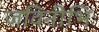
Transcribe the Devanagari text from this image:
जविनीभिः